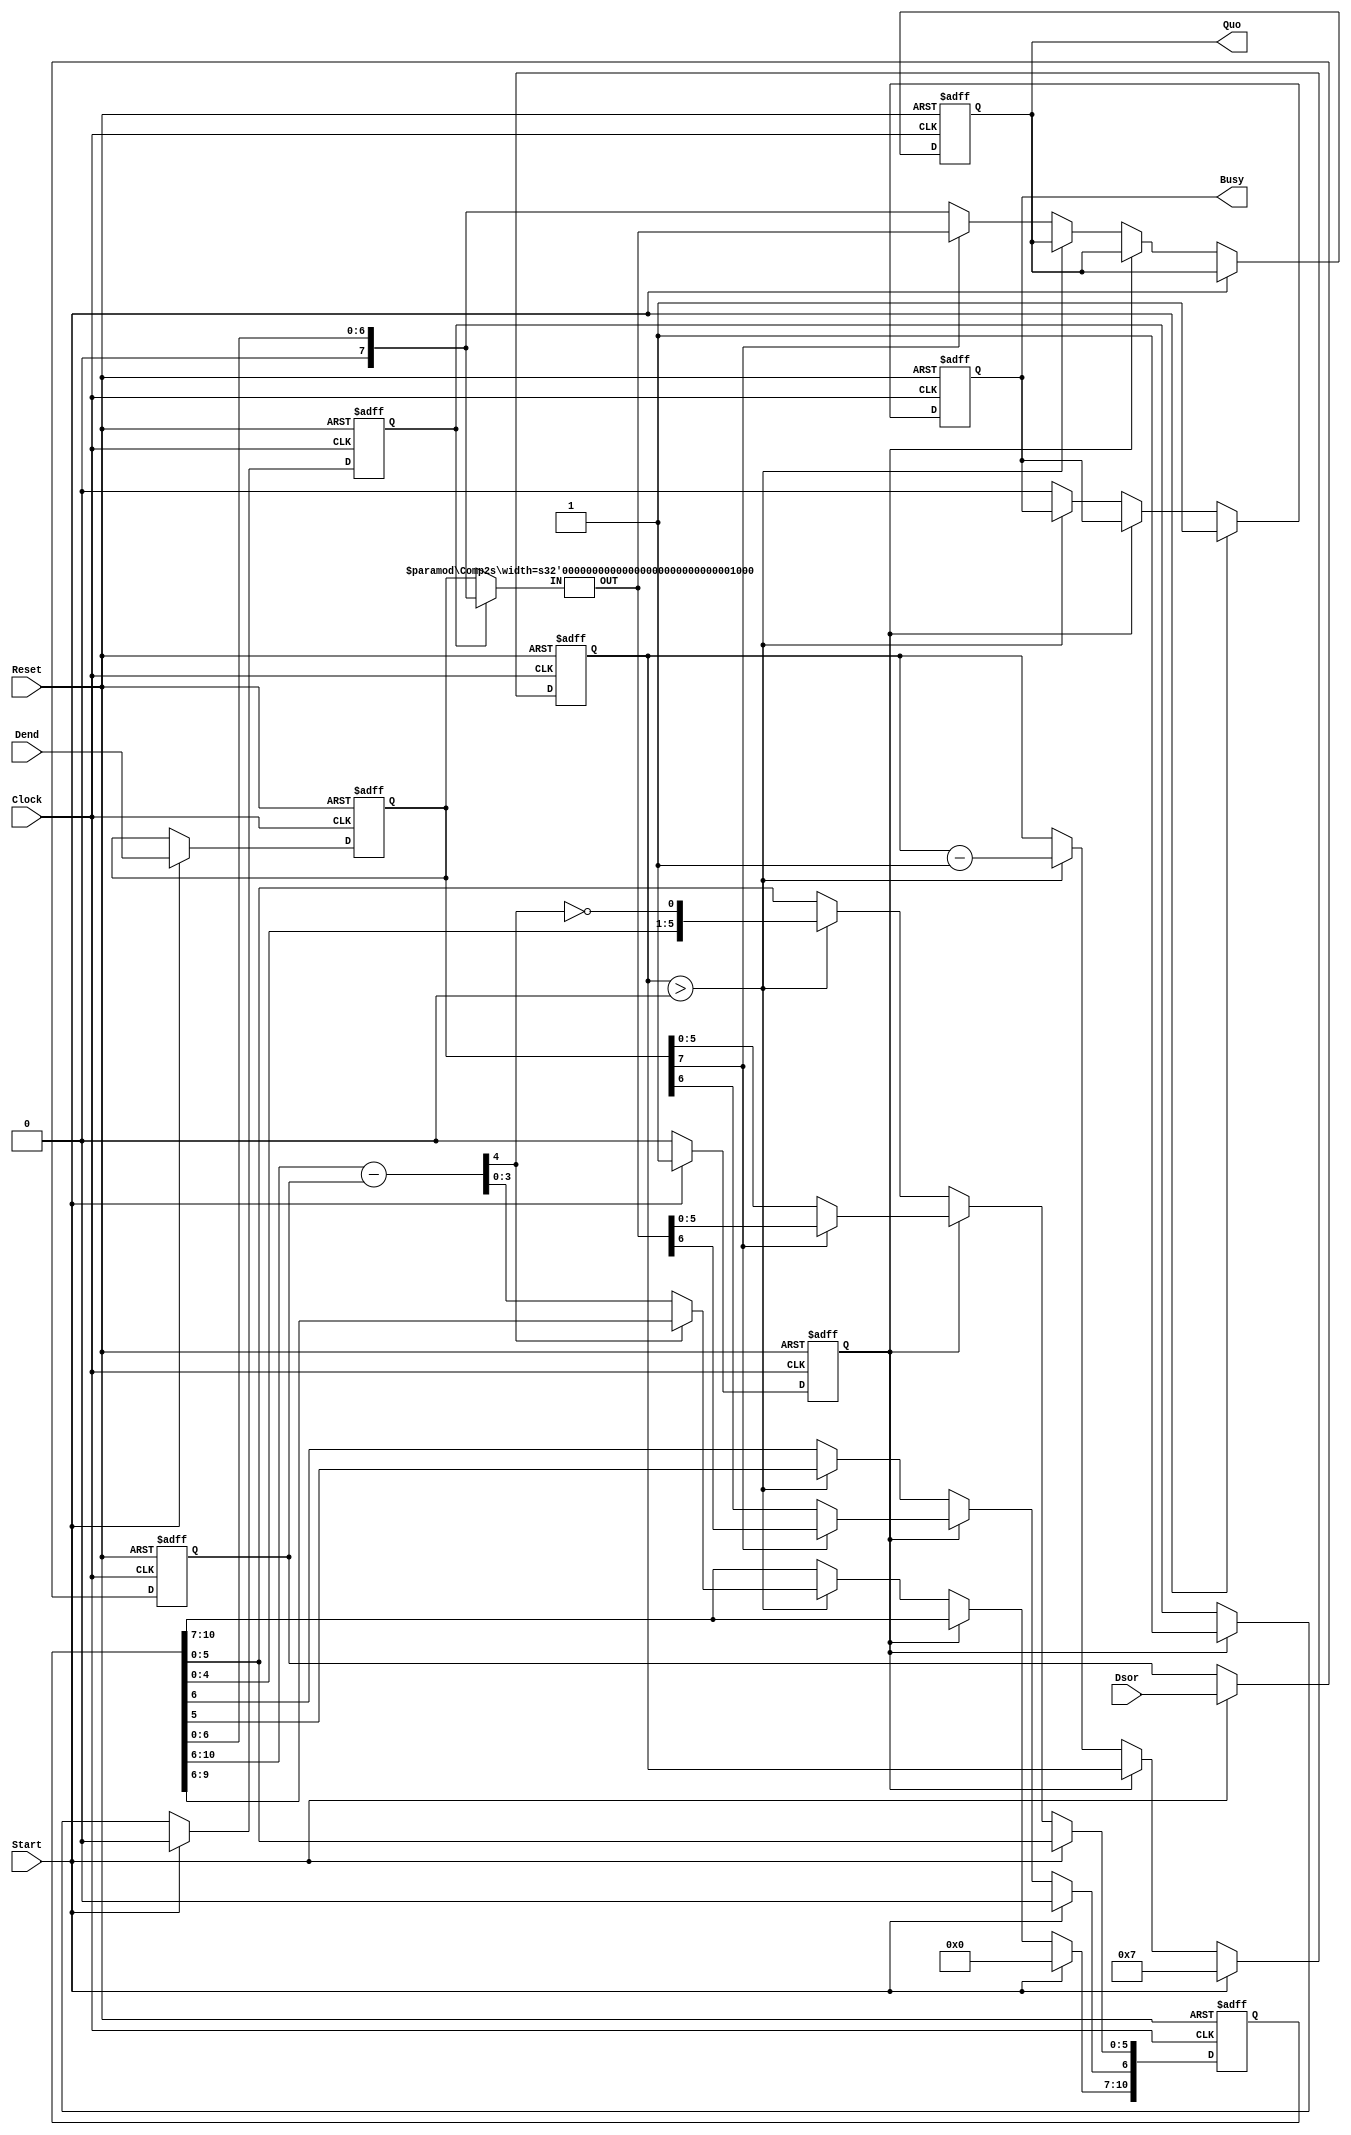
//t(Q)Z
/* Portlist
	SDivider #(.bw_Dsor(),.bw_Dend(),.bw_i()) _
	(.Clock(Clock),  .Reset(Reset), .Start(), .Dsor(), .Dend(), .Quo(), .Busy());
*/

module SDivider
#(
	////////////////////////////////////////////////////
	// Parameters
	parameter bw_Dsor = 4,	//
	parameter bw_Dend = 8,	//
	parameter bw_i	= 4		//[vi[reg irbg
							//[vbw_Dend-1
)
(
	////////////////////////////////////////////////////
	// Ports
	input Clock,Reset,Start,
	input [bw_Dsor-1:0]	Dsor,			//
	input [bw_Dend-1:0]	Dend,			//

	output reg [bw_Dend-1:0]	Quo,	//
	output reg Busy
);

	localparam bw_SReg = bw_Dsor + bw_Dend - 1;
	////////////////////////////////////////////////////
	// Registers
	reg [bw_SReg-1:0]	SReg;	//VtgWX^
	reg [bw_Dsor-1:0]	rDsor;
	reg [bw_Dend-1:0]	rDend;
	reg [bw_i-1:0]		i;		//V[PX
	reg Loop2;					//V[PX
	reg rC2sMuxSel;				//2MUXWX^
	
	////////////////////////////////////////////////////
	// Net
	wire [bw_Dsor:0]	wPrem	= SReg[bw_SReg-1:bw_Dend-2];	//]
	wire [bw_Dsor:0]	SubRem	= wPrem - {1'b0,rDsor};			//vZ
	wire [bw_Dsor-1:0] MuxOut =
	(SubRem[bw_Dsor]) ? SReg[bw_SReg-2:bw_Dend-2] : SubRem [bw_Dsor-1:0];

	wire PQuo	= ~SubRem[bw_Dsor];								// Part of Quo
	wire [bw_Dend-1:0]	wComp2in,wComp2out;						//QAo
	
	////////////////////////////////////////////////////
	// Assign
	//Loop2@rDend OSReg
	assign wComp2in	= (rC2sMuxSel) ?  {1'b0,SReg[bw_Dend-2:0]} : rDend ;	//QMUX
	wire LoopEn		= (i>0);												//[v
	
	////////////////////////////////////////////////////
	// Instantiations
	Comp2s #(.width(bw_Dend)) c2(.IN(wComp2in),.OUT(wComp2out));			//Q

	
	always@(posedge Clock or posedge Reset) begin
		if(Reset)begin	//Reset
			SReg		<= 1'b0;
			rDsor		<= 1'b0;
			i			<= 1'b0;
			Quo			<= 1'b0;
			rDend		<= 1'b0;
			Busy		<= 1'b0;
			Loop2		<= 1'b0;
			rC2sMuxSel	<= 1'b0;
		end else
		if(Clock)begin	//Clock
			if( Start ) begin			//PNbN
				SReg[bw_SReg-1:bw_Dend-2]	<= 0 ;
				rDsor	<= Dsor;
				rDend	<= Dend;
				Busy	<= 1'b1;
				i		<= bw_Dend-1;	//[vZbg
				Loop2	<= 1'b1;
				rC2sMuxSel <= 1'b0;
			end else if( Loop2)  begin	//2NbN
				if(rDend[bw_Dend-1]) begin
					SReg[bw_Dend-2:0]	<= {1'b0,wComp2out};	//Dend < 0
				end else begin
					SReg[bw_Dend-2:0]	<= rDend[bw_Dend-2:0];	//Dend > 0
				end
				Loop2	<= 1'b0;
				rC2sMuxSel	<= 1'b1;
			end else if( LoopEn ) begin							//[v
				SReg	<= {MuxOut,SReg[bw_Dend-3:0],PQuo};		//rbgVtg
				i 		<= i - 1;
			end else begin	//ZI 
				Busy	<= 1'b0;
				if(rDend[bw_Dend-1])
					Quo		<= wComp2out;
				else
					Quo		<= {1'b0,SReg[bw_Dend-2:0]};
			end
		end
	end

endmodule 

`ifndef COMP2S
`define COMP2S
/////////////////////////////////////////////////////
//Q

module Comp2s
#(
	////////////////////////////////////////////////////
	// Parameters
	parameter width = 4 //input bit width
)
(	
	////////////////////////////////////////////////////
	// Ports 
	input [width-1:0]	IN,
	output [width-1:0]	OUT
);

	////////////////////////////////////////////////////
	// Net
	wire [width-2:0]		C;		//Carry
	
	//MSBLSB
	assign OUT[0]	= IN[0];	//LSB
	assign C[0]		= ~IN[0];
	assign OUT[width-1]	= (~IN[width-1]) ^ C[width-2];	//MSB
	
	generate 
		genvar i;
		for (i=1;i<(width-1);i=i+1) begin :generate_Comp2s
			HA a(.A(~IN[i]),.B(C[i-1]),.S(OUT[i]),.Co(C[i]));
		end
	endgenerate
endmodule
`endif

`ifndef HALF_ADDER
`define HALF_ADDER
/////////////////////////////////////////////////////
//Half Adder
/* Portlist
	HA _(.A(),.B(),.S(),.Co());
*/
module HA
(
input A,B,
output S,Co
);
	assign S	= A^B;
	assign Co	= A&B;
endmodule 
`endif